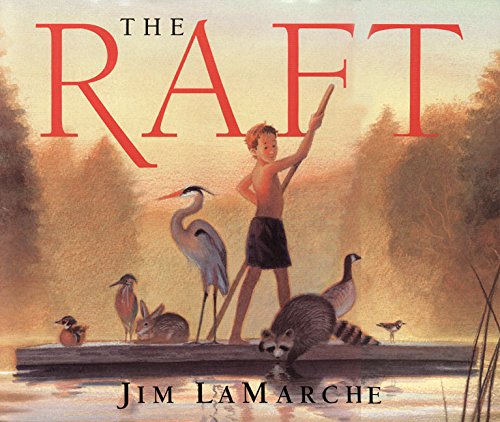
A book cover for The Raft; Jim LaMarche; Sports & Outdoors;